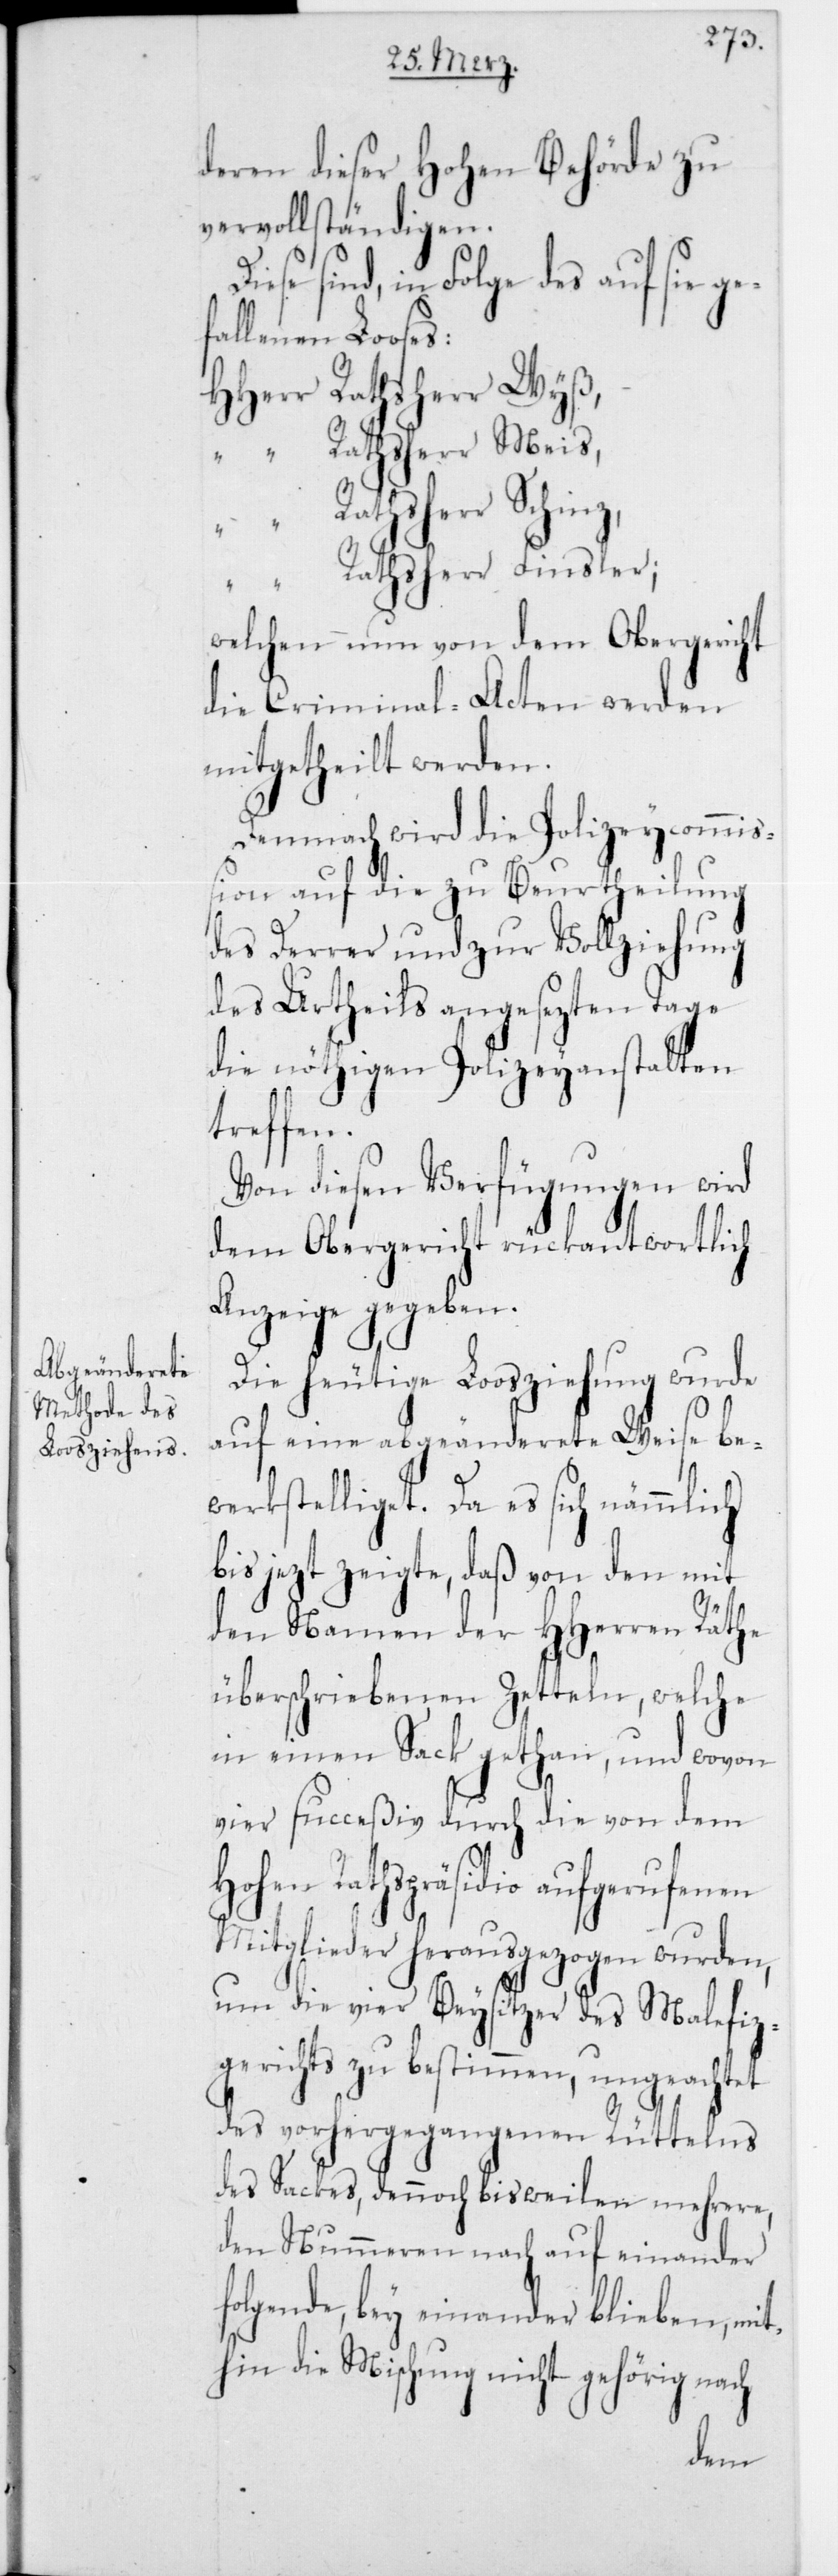
deren dieser Hohen Behörde zu
vervollständigen.
sind, in Folge des auf sie
fallenen Looses:
Rathsherr Finsler;
welchen nun von dem Obergericht
die Criminal-Acten werden
mitgetheilt werden.
Demnach wird die Polizeycommiß¬
ion auf die zu Beurtheilung
des Derrer und zur Vollziehung
des Urtheils angesezten Tage
die nöthigen Polizeyanstalten
treffen.
Von diesen Verfügungen wird
dem Obergericht rückantwortlich
Anzeige gegeben.
Die heutige Loosziehung wurde
auf eine abgeänderete Weise be¬
werkstelliget. Da es sich nämmli¬
bis jezt zeigte, daß von den mit
den Namen der HHerren Räthe
überschriebenen Zetteln, welche
in einen Sack gethan, und wovon
vier succeßiv durch die von dem
Rathspräsidio aufgerufenen
Mitglieder herausgezogen wurden,
um die vier Beysitzer des Malefiz¬
gerichts zu bestimmen, ungeachtet
des vorher gegangenen Rüttelns
des Sackes, dennoch bisweilen mehrere,
den Nummeren nach auf einander
folgende, bey einander blieben, mit¬
hin die Mischung nicht gehörig nach
ch